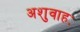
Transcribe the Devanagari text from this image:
अशुवाहः